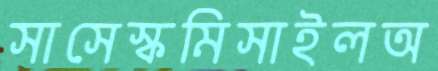
সাসেস্কমিসাইলঅ